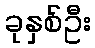
ခုနှစ်ဦး